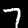
Label: 7